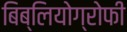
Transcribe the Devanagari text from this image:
बिब्लियोग्रोफी